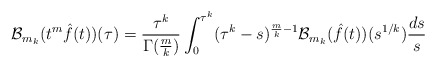
\begin{align*}\mathcal{B}_{m_k}(t^{m}\hat{f}(t))(\tau) = \frac{\tau^{k}}{\Gamma(\frac{m}{k})}\int_{0}^{\tau^{k}} (\tau^{k} - s)^{\frac{m}{k}-1} \mathcal{B}_{m_k}(\hat{f}(t))(s^{1/k}) \frac{ds}{s} \end{align*}